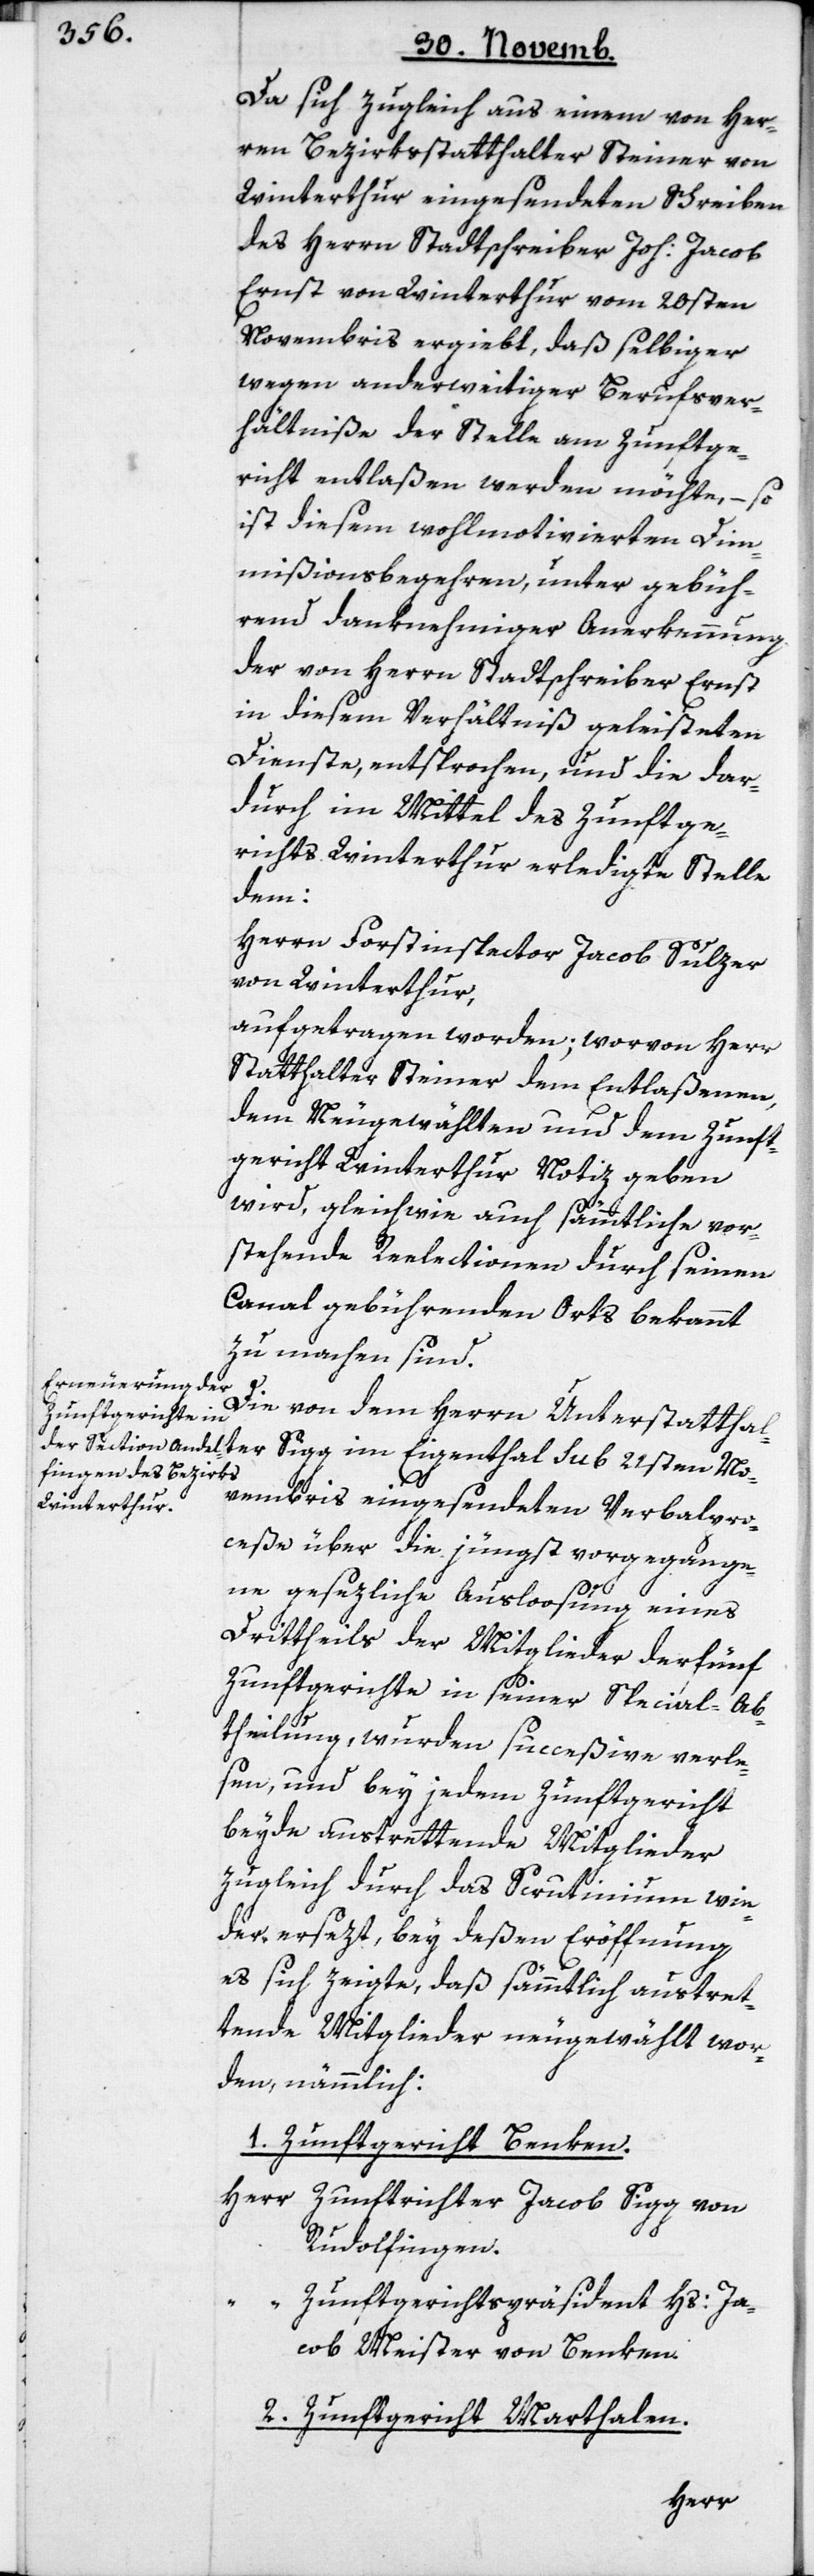
Da sich zugleich aus einem von Her¬
ren Bezirksstatthalter Steiner von
Winterthur eingesendeten Schreiben
des Herrn Stadtschreiber Joh. Jacob
Ernst von Winterthur vom 20sten
Novembris ergiebt, daß selbiger
wegen anderweitiger Berufsver¬
hältniße der Stelle am Zunftge¬
richt entlaßen werden möchte, – so
ist diesem wohlmotivierten Dim¬
mißionsbegehren, unter gebüh¬
rend danknehmiger Anerkennung
der von Herrn Stadtschreiber Ernst
in diesem Verhältniß geleisteten
Dienste, entsprochen, und die dar¬
durch im Mittel des Zunftge¬
richts Winterthur erledigte Stelle
dem:
Herrn Forstinspector Jacob Sulzer
von Winterthur,
aufgetragen worden; worvon Herr
Statthalter Steiner dem Entlaßenen,
dem Neugewählten und dem Zunft¬
gericht Winterthur Notiz geben
wird, gleichwie auch sämmtliche vor¬
stehende Reelectionen durch seinen
Canal gebührenden Orts bekannt
zu machen sind.
Die von dem Herrn Unterstatthal¬
ter
Sigg im Eigenthal sub 21sten No¬
vembris eingesendeten Verbalpro¬
ceße über die jüngst vorgegange¬
ne gesezliche Ausloosung eines
Drittheils der Mitglieder der fünf
Zunftgerichte in seiner Special-Ab¬
theilung, wurden succeßive verle¬
sen, und bey jedem Zunftgericht
beyde austrettende Mitglieder
zugleich durch das Scrutinium wie¬
der ersezt, bey deßen Eröffnung
es sich zeigte, daß sämmtlich austret¬
tende Mitglieder neu gewählt wor¬
den, nämmlich:
1. Zunftgericht Benken.
Herr Zunftrichter Jacob Sigg von
Rudolfingen.
Zunftgerichtspräsident Hs. Ja¬
cob Meister von Benken.
2. Zunftgericht Marthalen.